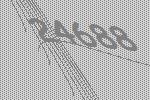
24688